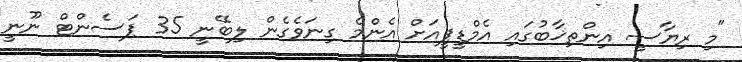
"މި ރިޔާސީ އިންތިޚާބުގައި އެމްޑީޕީއަށް އެންމެ ގިނަވެގެން ލިބޭނީ 35 ޕަސެންޓް ނޫނީ